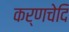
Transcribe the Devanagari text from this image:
कर्णचेदि